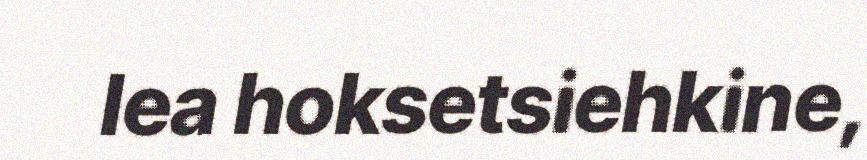
lea hoksetsiehkine,